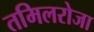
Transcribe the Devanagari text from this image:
तमिलरोजा